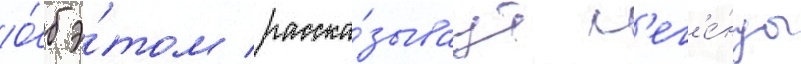
О́б э́том расска́зываут л'ег'е́нды